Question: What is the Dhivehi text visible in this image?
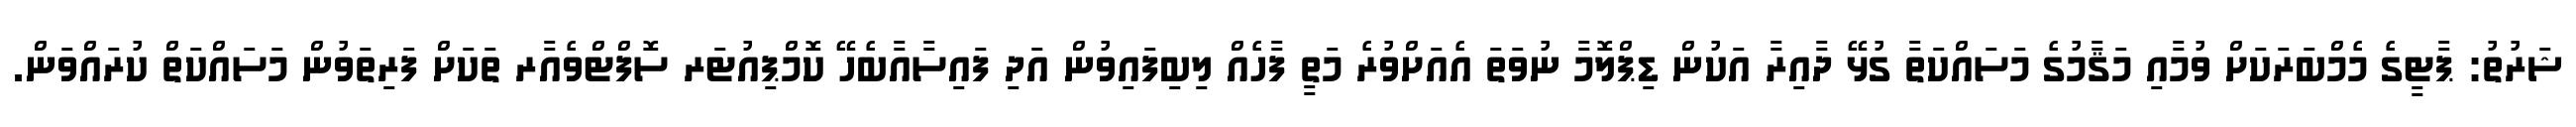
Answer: ޝަރުތު: ޕާޓީގެ މެމްބަރަކަށް ވުމާއި މަޤާމުގެ މަސައްކަތާ ގުޅޭ ދާއިރާ އަކުން ޑިޕްލޮމާ ނުވަތަ އެއަށްވުރެ މަތީ ފާހެއް ލިބިފައިވުން އަދި ފައިސާއާބެހޭ ކޮމްޕިއުޓަރ ސޮފްޓްވެއާރ ތަކަށް ފަރިތަވުން މަސައްކަތް ކުރައްވަން.